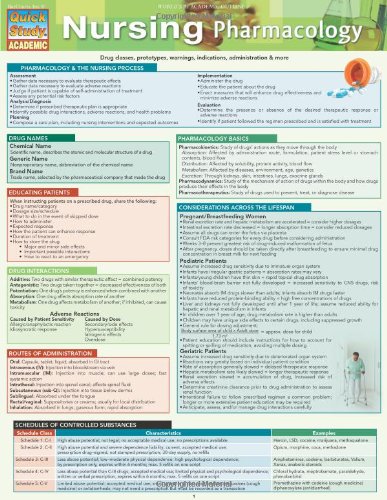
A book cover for Nursing Pharmacology (Quick Study: Academic); Inc. BarCharts; Medical Books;